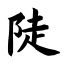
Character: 陡